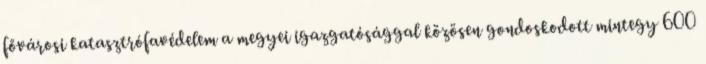
fővárosi katasztrófavédelem a megyei igazgatósággal közösen gondoskodott mintegy 600